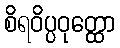
စိရဝိပ္ပဝုတ္ထော